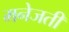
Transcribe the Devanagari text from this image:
मनेजती